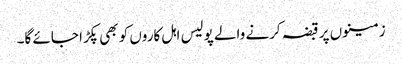
زمینوں پر قبضہ کرنے والے پولیس اہل کاروں کو بھی پکڑا جائے گا۔